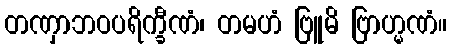
တဏှာဘဝပရိက္ခီဏံ၊ တမဟံ ဗြူမိ ဗြာဟ္မဏံ။